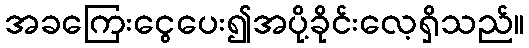
အခကြေးငွေပေး၍အပို့ခိုင်းလေ့ရှိသည်။